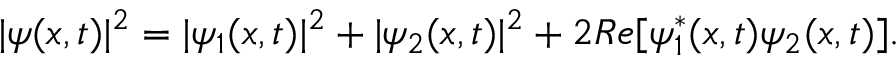
| \psi ( x , t ) | ^ { 2 } = | \psi _ { 1 } ( x , t ) | ^ { 2 } + | \psi _ { 2 } ( x , t ) | ^ { 2 } + 2 R e [ \psi _ { 1 } ^ { * } ( x , t ) \psi _ { 2 } ( x , t ) ] .